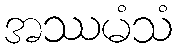
အဿမံသံ